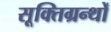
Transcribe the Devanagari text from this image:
सूक्तिग्रन्थों